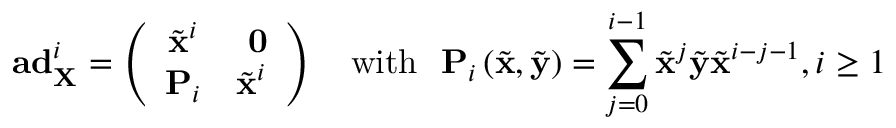
\mathbf { a d } _ { \mathbf { X } } ^ { i } = \left( \begin{array} { c c } { \tilde { \mathbf { x } } ^ { i } } & { \ \mathbf { 0 } } \\ { \mathbf { P } _ { i } } & { \tilde { \mathbf { x } } ^ { i } } \end{array} \right) \ \ \ \mathrm { w i t h } \ \ \mathbf { P } _ { i } \left( \tilde { \mathbf { x } } , \tilde { \mathbf { y } } \right) = \sum _ { j = 0 } ^ { i - 1 } \tilde { \mathbf { x } } ^ { j } \tilde { \mathbf { y } } \tilde { \mathbf { x } } ^ { i - j - 1 } , i \geq 1